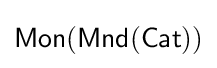
{\mathsf {Mon(Mnd(Cat))}}